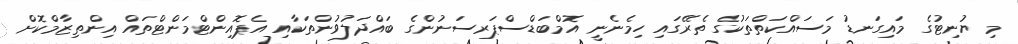
މި ޔުނިޓުގެ މައިގަނޑު މަސައްކަތްތަކުގެ ތެރޭގައި ހިމެނެނީ އޮމްބަޑްސްޕަރސަނުންގެ ބަައްދަލުވުންތަކާއި އެޕޮއިންޓްމަންޓްތައް އިންތިޒާމްކޮށް